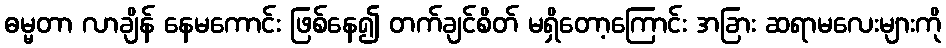
ဓမ္မတာ လာချိန် နေမကောင်း ဖြစ်နေ၍ တက်ချင်စိတ် မရှိတော့ကြောင်း အခြား ဆရာမလေးများကို